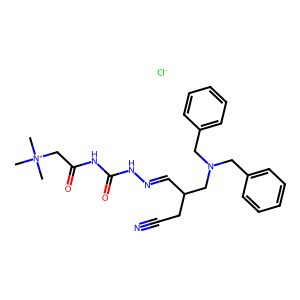
SMILES: C[N+](C)(C)CC(=O)NC(=O)NN=CC(CC#N)CN(Cc1ccccc1)Cc1ccccc1.[Cl-]
Inhibits HIV replication: No